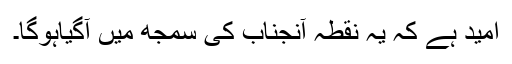
امید ہے کہ یہ نقطہ آنجناب کی سمجھ میں آگیاہوگا۔